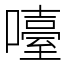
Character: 㘆